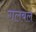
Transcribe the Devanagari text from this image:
गलबल